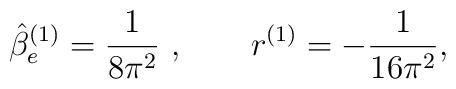
\hat \beta^ {(1)}_e = \frac 1 {8\pi^2 } \ , \qquad r^ {(1)} = - \frac 1{16\pi^2 },